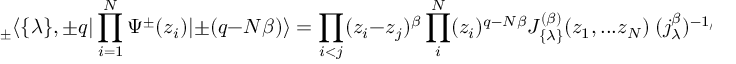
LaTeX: _ \pm \langle \{ \lambda \} , \pm q | \prod _ { i = 1 } ^ { N } \Psi ^ { \pm } ( z _ { i } ) | \pm ( q - N \beta ) \rangle = \prod _ { i < j } ( z _ { i } - z _ { j } ) ^ { \beta } \prod _ { i } ^ { N } ( z _ { i } ) ^ { q - N \beta } J _ { \{ \lambda \} } ^ { ( \beta ) } ( z _ { 1 } , . . . z _ { N } ) \ ( j _ { \lambda } ^ { \beta } ) ^ { - 1 / 2 }